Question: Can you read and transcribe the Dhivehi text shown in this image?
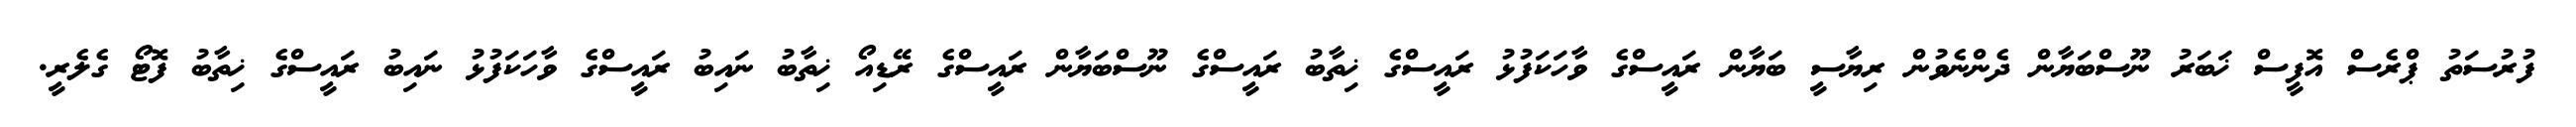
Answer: ފުރުސަތު ޕްރެސް އޮފީސް ޚަބަރު ނޫސްބަޔާން ދެންނެވުން ރިޔާސީ ބަޔާން ރައީސްގެ ވާހަކަފުޅު ރައީސްގެ ޚިތާބު ރައީސްގެ ނޫސްބަޔާން ރައީސްގެ ރޭޑިއޯ ޚިތާބު ނައިބު ރައީސްގެ ވާހަކަފުޅު ނައިބު ރައީސްގެ ޚިތާބު ފޮޓޯ ގެލެރީ.